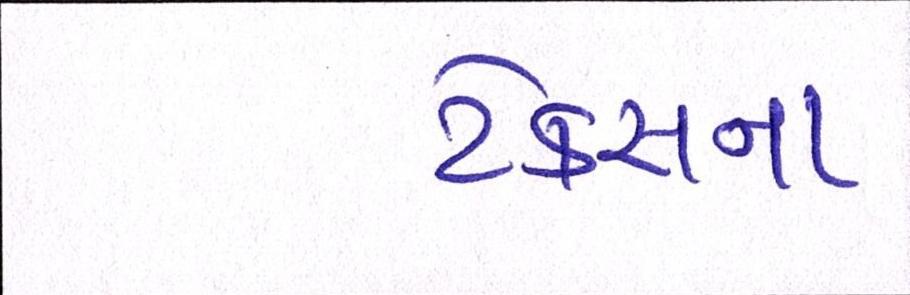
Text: ટેક્સના